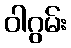
ဝါဂွမ်း